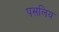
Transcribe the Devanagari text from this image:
पसलिय